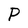
Character: P